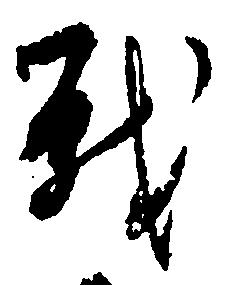
戦